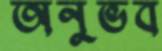
অনুভব